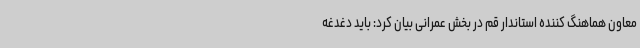
معاون هماهنگ کننده استاندار قم در بخش عمرانی بیان کرد: باید دغدغه